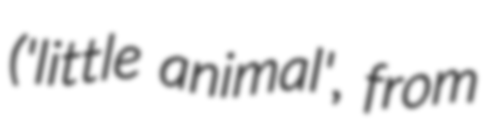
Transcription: ('little animal', from